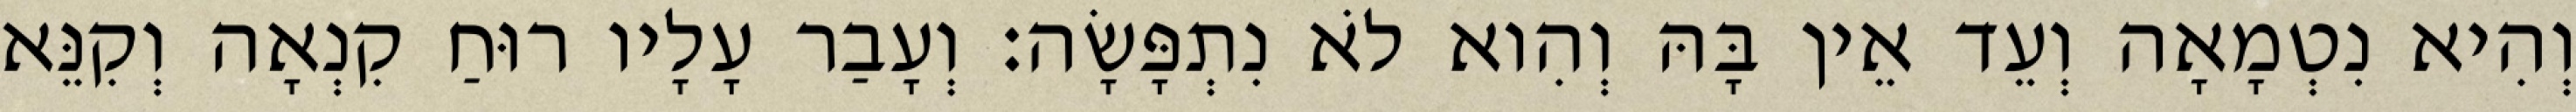
וְהִיא נִטְמָאָה וְעֵד אֵין בָּהּ וְהִוא לֹא נִתְפָּשָׂה׃ וְעָבַר עָלָיו רוּחַ קִנְאָה וְקִנֵּא